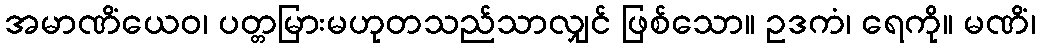
အမာဏိံယေဝ၊ ပတ္တမြားမဟုတသည်သာလျှင် ဖြစ်သော။ ဥဒကံ၊ ရေကို။ မဏိံ၊